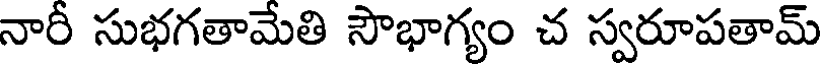
నారీ సుభగతామేతి సౌభాగ్యం చ స్వరూపతామ్